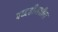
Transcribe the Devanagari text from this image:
पध्दतीमधील